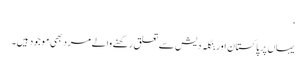
‘
یہاں پر پاکستان اور بنگلہ دیش سے تعلق رکھنے والے مرد بھی موجود ہیں۔